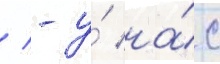
/ - у́ на́с